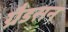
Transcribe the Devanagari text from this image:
ग्रैडसन